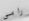
رامي